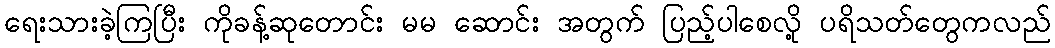
ရေးသားခဲ့ကြပြီး ကိုခန့်ဆုတောင်း မမ ဆောင်း အတွက် ပြည့်ပါစေလို့ ပရိသတ်တွေကလည်